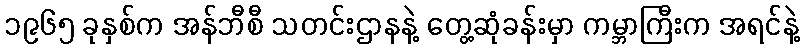
၁၉၆၅ ခုနှစ်က အန်ဘီစီ သတင်းဌာနနဲ့ တွေ့ဆုံခန်းမှာ ကမ္ဘာကြီးက အရင်နဲ့